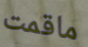
ماقمت